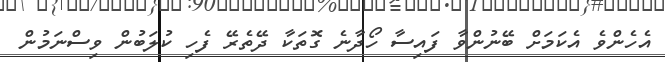
އެހެންވެ އެކަމަށް ބޭނުންވާ ފައިސާ ހޯދާނެ ގޮތަކާ ދޭތެރޭ ފެހި ކުލަބުން ވިސްނަމުން